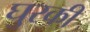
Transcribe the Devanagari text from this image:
घुरकी